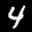
Label: 4